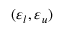
( \varepsilon _ { l } , \varepsilon _ { u } )